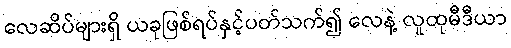
လေဆိပ်များရှိ ယခုဖြစ်ရပ်နှင့်ပတ်သက်၍ လေနဲ့ လူထုမီဒီယာ